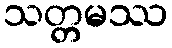
သတ္တမဿ